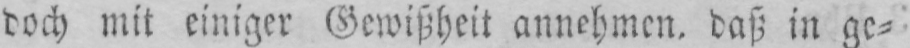
doch mit einiger Gewißheit annehmen, daß in ge⸗